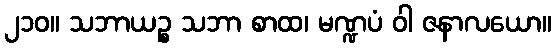
၂၁၀။ သဘာယဉ္စ သဘာ စာထ၊ မဏ္ဍပံ ဝါ ဇနာလယော။